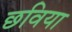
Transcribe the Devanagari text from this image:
छविया